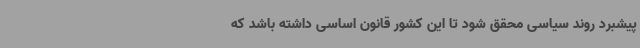
پیشبرد روند سیاسی محقق شود تا این کشور قانون اساسی داشته باشد که